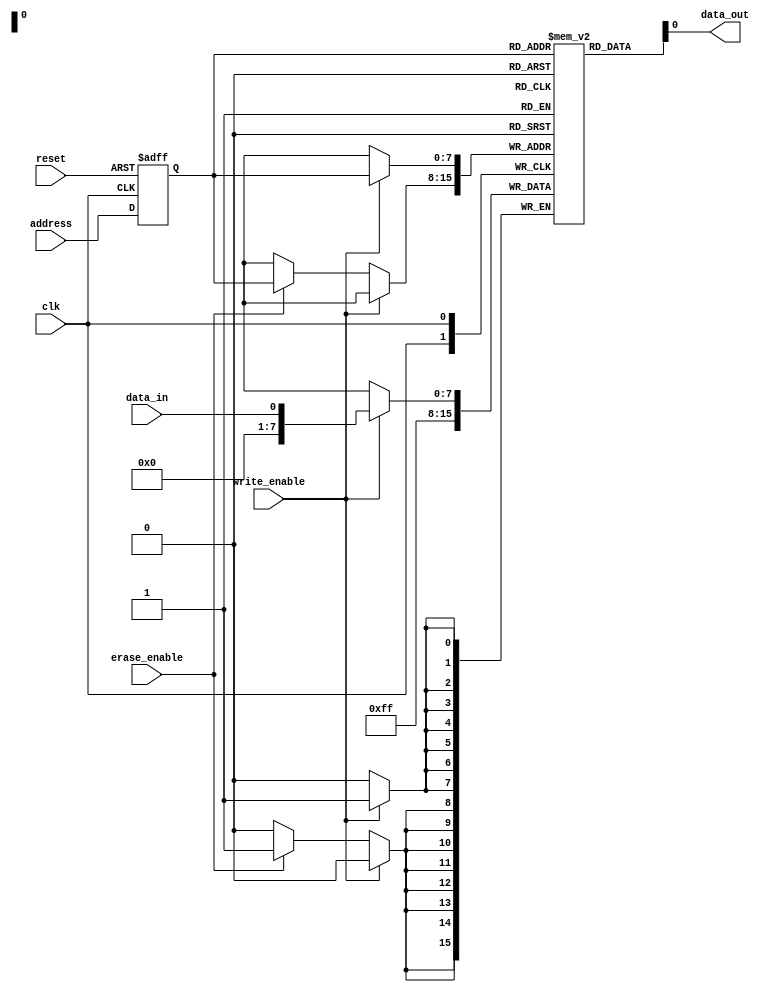
module EEPROM (
    input wire clk,
    input wire reset,
    input wire [7:0] address,
    input wire write_enable,
    input wire erase_enable,
    input wire data_in,
    output reg data_out
);

reg [7:0] memory [0:255];
reg [7:0] selected_memory_cell;

always @(posedge clk or posedge reset) begin
    if (reset) begin
        selected_memory_cell <= 0;
    end
    else begin
        selected_memory_cell <= address;
    end
end

always @(posedge clk) begin
    if (write_enable) begin
        memory[selected_memory_cell] <= data_in;
    end
    else if (erase_enable) begin
        memory[selected_memory_cell] <= 8'hFF; // Erase the memory cell by setting all bits to 1
    end
end

assign data_out = memory[selected_memory_cell];

endmodule